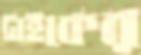
ট্রাইকের